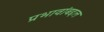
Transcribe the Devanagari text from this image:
प्रभावांबद्दल